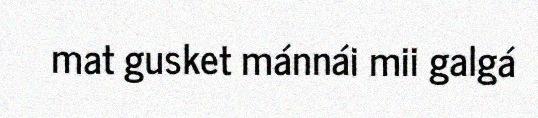
mat gusket mánnái mii galgá